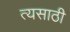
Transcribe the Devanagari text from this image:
त्यसाठी